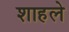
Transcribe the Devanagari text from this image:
शाहले